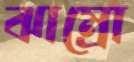
ঝাম্‌রো